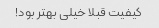
کیفیت قبلا خیلی بهتر بود!